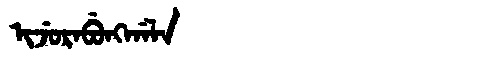
Manchu: ᡳᠵᡠᡵᠠᠪᡠᠩᡤᠠᠯᠠ
Romanization: IJURABUNGGALA